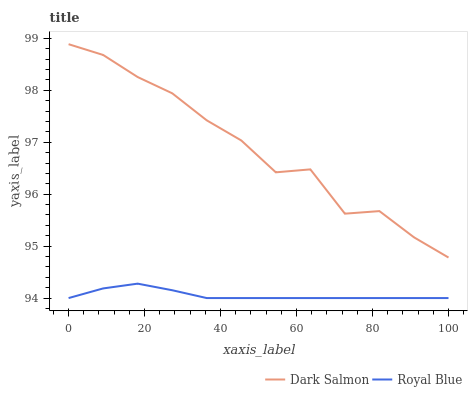
| xaxis_label | Dark Salmon | Royal Blue |
 | --- | --- | --- |
 | 0 | 98.9 | 94 |
 | 9.09 | 98.7 | 94.2 |
 | 18.2 | 98.3 | 94.3 |
 | 27.3 | 97.9 | 94.2 |
 | 36.4 | 97.4 | 94 |
 | 45.5 | 97 | 94 |
 | 54.5 | 96.4 | 94 |
 | 63.6 | 96.5 | 94 |
 | 72.7 | 95.6 | 94 |
 | 81.8 | 95.7 | 94 |
 | 90.9 | 95.2 | 94 |
 | 100 | 94.8 | 94 |